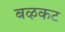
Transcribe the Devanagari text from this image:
बऴकट